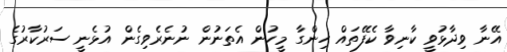
އޭނާ ވިދާޅުވީ ކާނިވާ ކެފޭތައް ހިންގާ މީހުން އެތަނުން ނުނެރެވިގެން އުޅެނީ ސަރުކާރުގެ